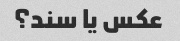
عکس یا سند؟